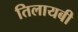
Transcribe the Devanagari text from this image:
तिलायबी